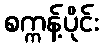
စက္ကန့်ပိုင်း